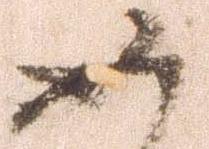
如